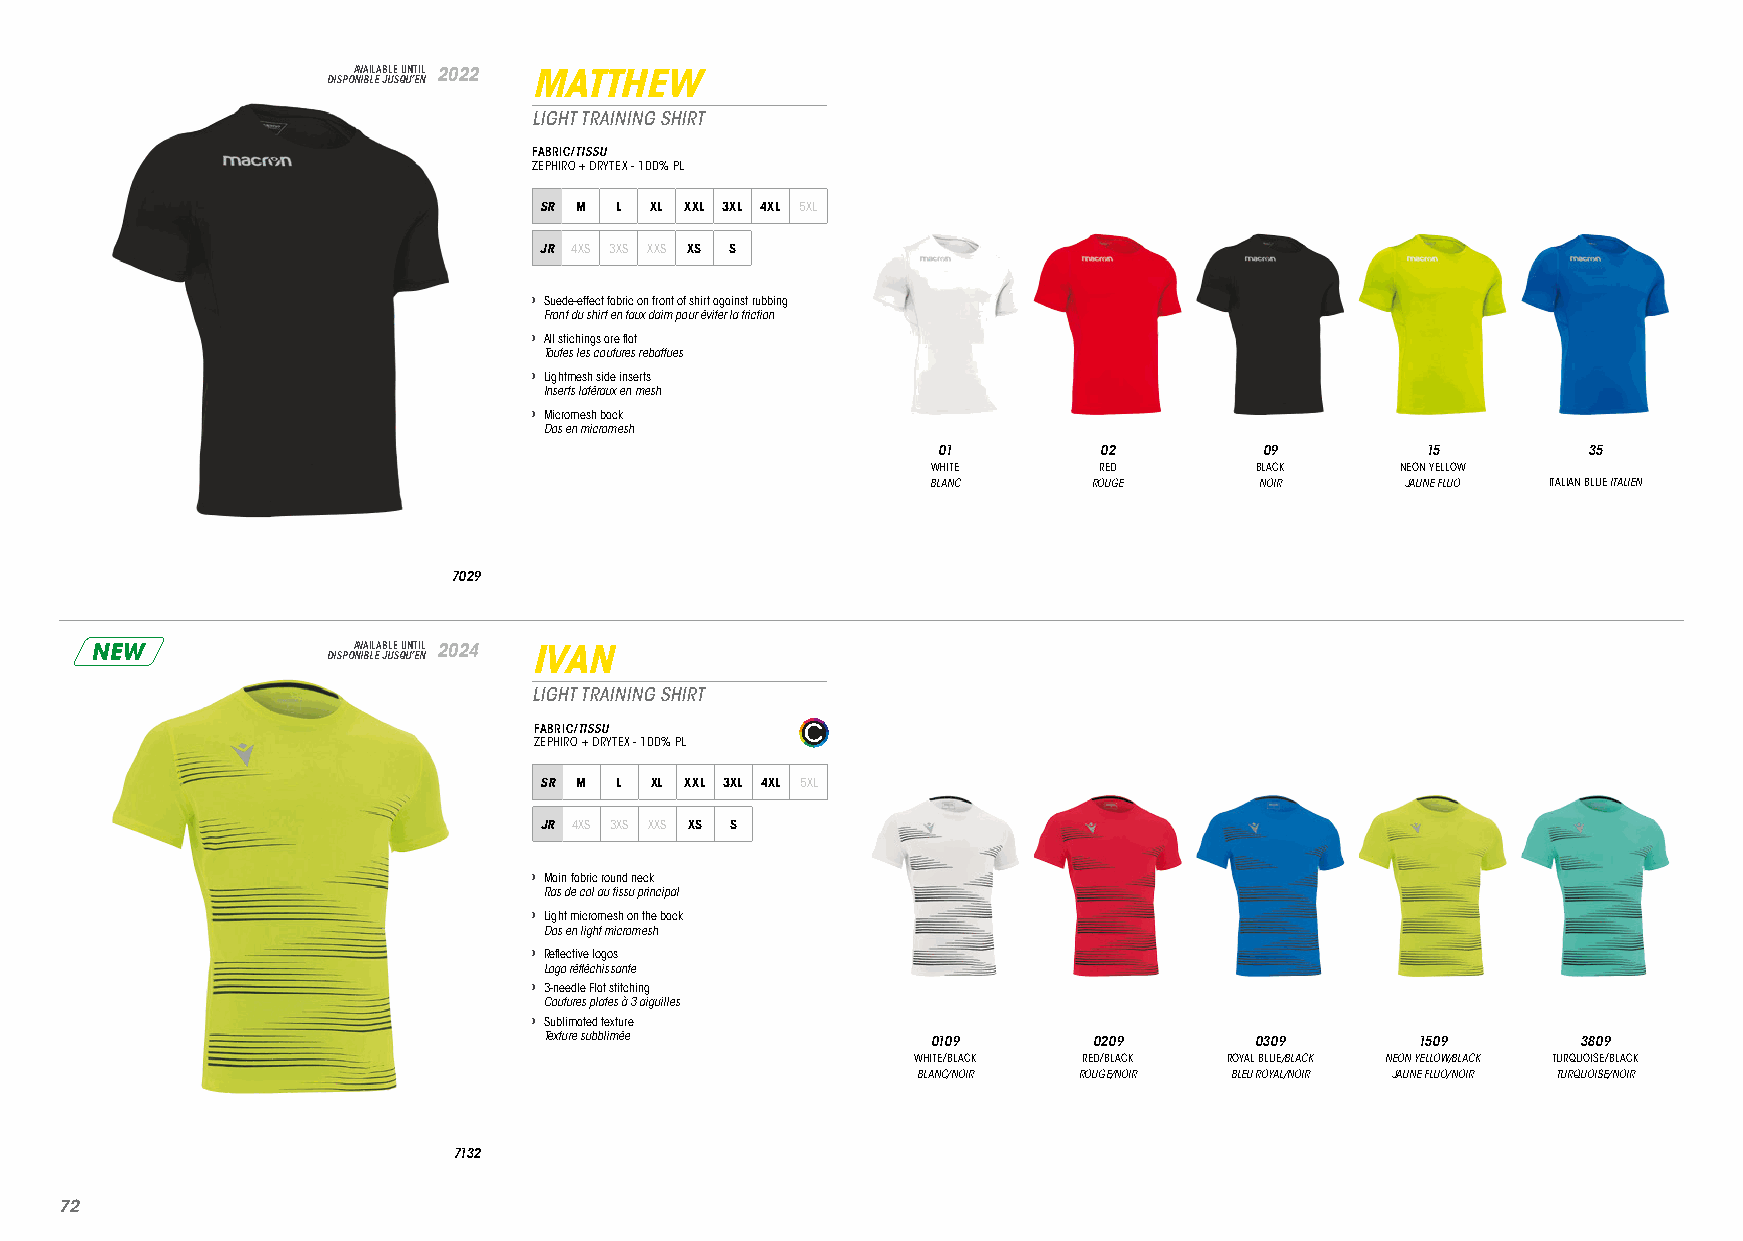
DISPOA NV IBA LIL EA JB ULE S QU UN ’T EI NL 2022 MATTHEW
 LIGHT TRAINING SHIRT
 FABRIC/TISSU
 ZEPHIRO + DRYTEX - 100% PL
 SR M L XL XXL 3XL 4XL 5XL
 JR 4XS 3XS XXS XS S
 › Suede-effect fabric on front of shirt against rubbing
 Front du shirt en faux daim pour éviter la friction
 › All stichings are flat
 Toutes les coutures rebattues
 › Lightmesh side inserts
 Inserts latéraux en mesh
 › Micromesh back
 Dos en micromesh
 01         02         09        15         35
 WHITE      RED       BLACK     NEON YELLOW
 BLANC     ROUGE      NOIR      JAUNE FLUO ITALIAN BLUE ITALIEN
 7029
 NEW             DISPOA NV IBA LIL EA JB ULE S QU UN ’T EI NL 2024 IVAN
 LIGHT TRAINING SHIRT
 FABRIC/TISSU
 ZEPHIRO + DRYTEX - 100% PL
 SR M L XL XXL 3XL 4XL 5XL
 JR 4XS 3XS XXS XS S
 › Main fabric round neck
 Ras de col au tissu principal
 › Light micromesh on the back
 Dos en light micromesh
 › Reflective logos
 Logo réfléchissante
 › 3-needle Flat stitching
 Coutures plates à 3 aiguilles
 › Sublimated texture
 Texture subblimée         0109      0209       0309       1509       3809
 WHITE/BLACK RED/BLACK ROYAL BLUE/BLACK NEON YELLOW/BLACK TURQUOISE/BLACK
 BLANC/NOIR ROUGE/NOIR BLEU ROYAL/NOIR JAUNE FLUO/NOIR TURQUOISE/NOIR
 7132
 7722